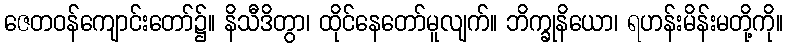
ဇေတဝန်ကျောင်းတော်၌။ နိသီဒိတွာ၊ ထိုင်နေတော်မူလျက်။ ဘိက္ခုနိယော၊ ရဟန်းမိန်းမတို့ကို။